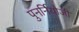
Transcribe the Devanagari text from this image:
पुनर्नियोजी